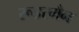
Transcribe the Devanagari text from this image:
रूडरमैन